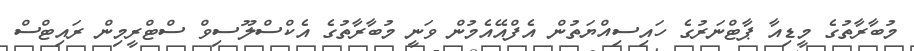
މުބާރާތުގެ މީޑިއާ ޕާޓްނަރުގެ ހައިސިއްޔަތުން އެފްއޭއެމުން ވަނީ މުބާރާތުގެ އެކްސްލޫސިވް ސްޓްރީމިން ރައިޓްސް